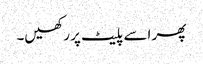
پھر اسے پلیٹ پر رکھیں۔